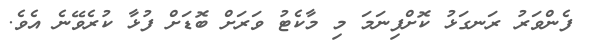
ފެންވަރު ރަނގަޅު ކޮށްފިނަމަ މި މާކެޓު ވަރަށް ބޮޑަށް ފުޅާ ކުރެވޭނެ އެވެ.